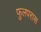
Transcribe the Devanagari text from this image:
फुलपरास